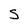
Character: S